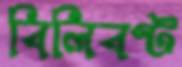
বিলিবণ্ট